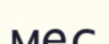
мес